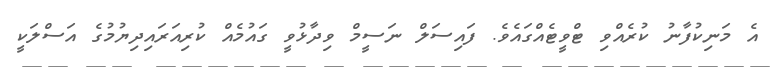
އެ މަނިކުފާނު ކުރެއްވި ޓްވީޓެއްގައެވެ. ފައިސަލް ނަސީމް ވިދާޅުވީ ގައުމެއް ކުރިއަރައިދިޔުމުގެ އަސްލަކީ